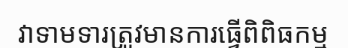
វាទាមទារត្រូវមានការធ្វើពិពិធកម្ម